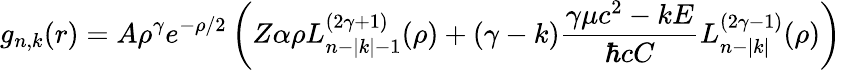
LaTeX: g_{n,k}(r)=A\rho^{\gamma}e^{-\rho/2}\left(Z\alpha\rho L_{n-|k|-1}^{(2\gamma+1)}(\rho)+(\gamma-k){\frac{\gamma\mu c^{2}-kE}{\hbar cC}}L_{n-|k|}^{(2\gamma-1)}(\rho)\right)